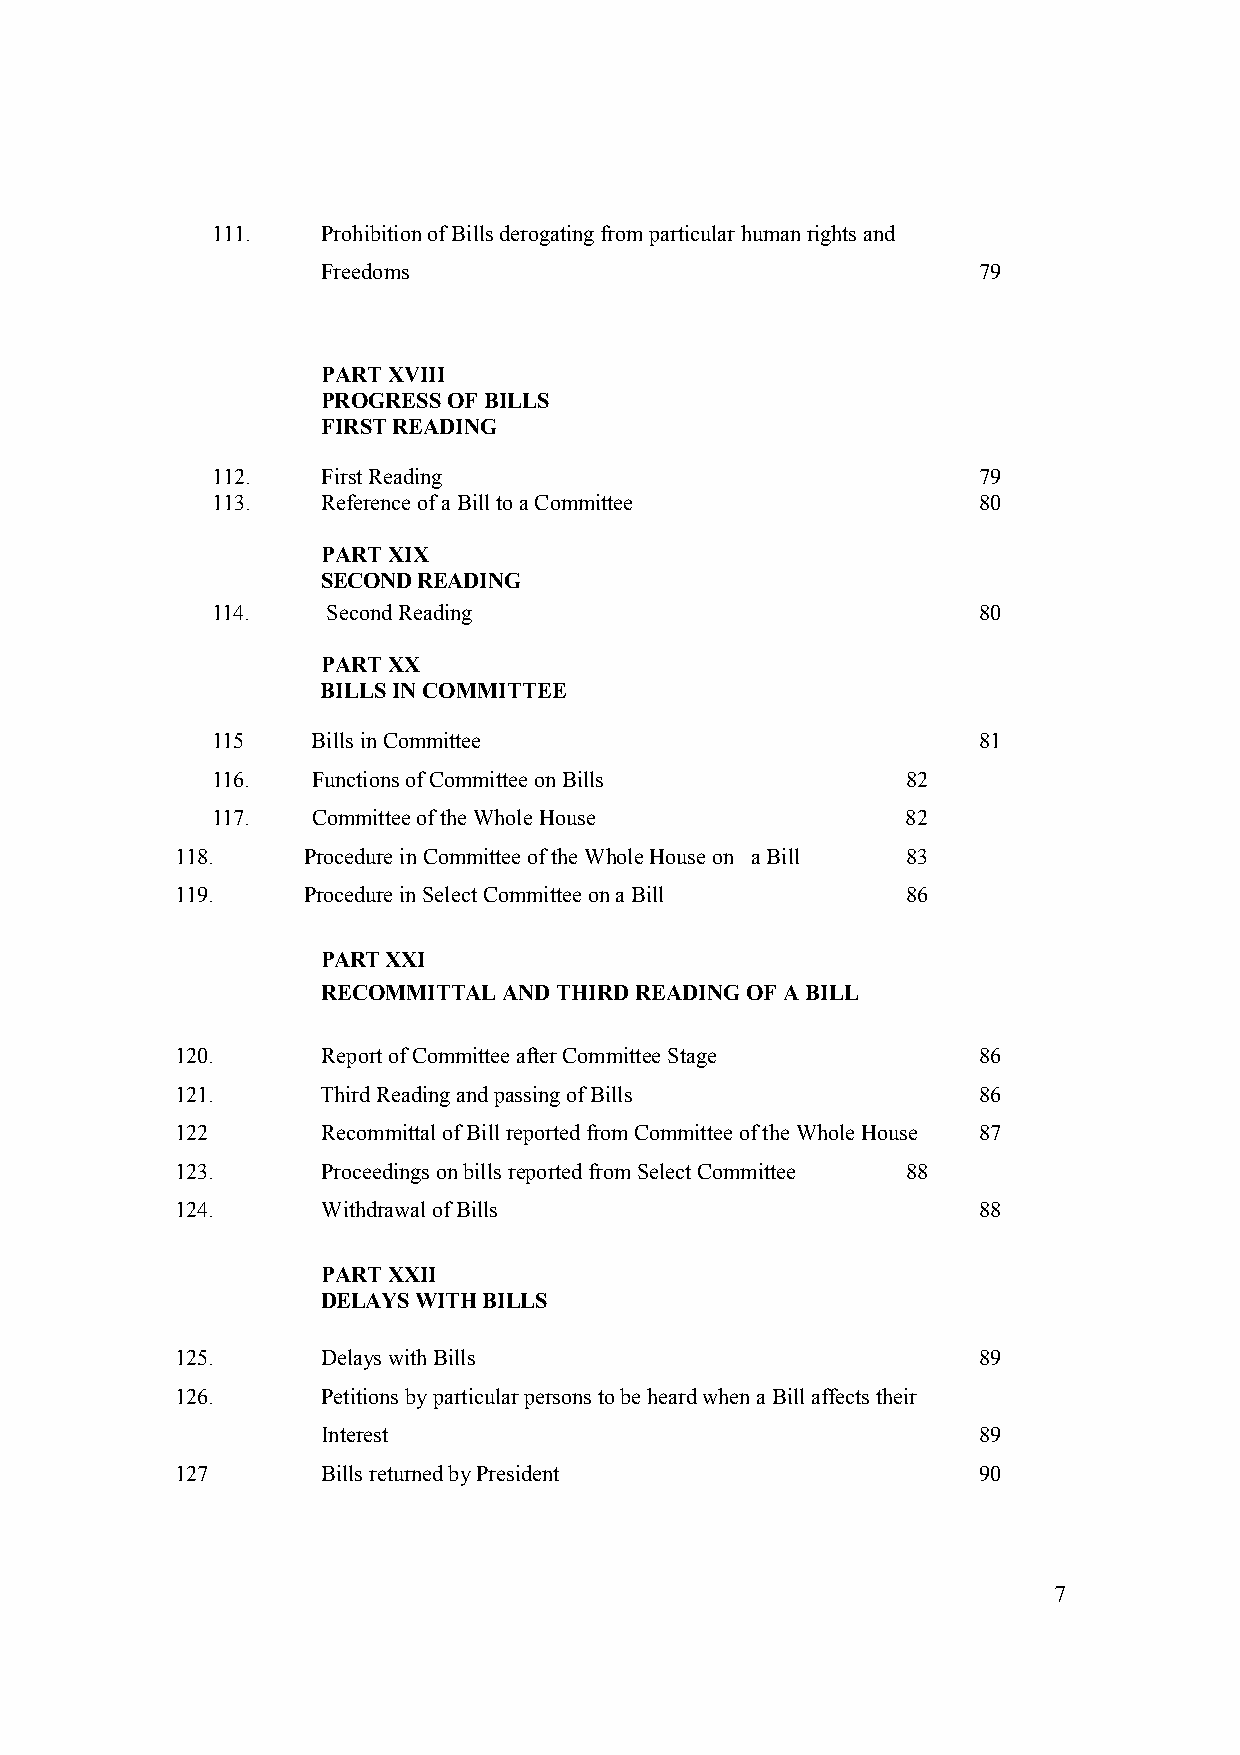
111.   Prohibition of Bills derogating from particular human rights and
 Freedoms                                    79
 PART XVIII
 PROGRESS OF BILLS
 FIRST READING
 112.   First Reading                               79
 113.   Reference of a Bill to a Committee          80
 PART XIX
 SECOND READING
 114.    Second Reading                             80
 PART XX
 BILLS IN COMMITTEE
 115    Bills in Committee                          81
 116.   Functions of Committee on Bills        82
 117.   Committee of the Whole House           82
 118.    Procedure in Committee of the Whole House on a Bill 83
 119.    Procedure in Select Committee on a Bill 86
 PART XXI
 RECOMMITTAL AND THIRD READING OF A BILL
 120.     Report of Committee after Committee Stage   86
 121.     Third Reading and passing of Bills          86
 122      Recommittal of Bill reported from Committee of the Whole House 87
 123.     Proceedings on bills reported from Select Committee 88
 124.     Withdrawal of Bills                         88
 PART XXII
 DELAYS WITH BILLS
 125.     Delays with Bills                           89
 126.     Petitions by particular persons to be heard when a Bill affects their
 Interest                                    89
 127      Bills returned by President                 90
 7